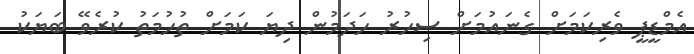
އެމްޑީޕީ ވެރިކަމަށް ގެނައުމަށް ސިހުރު ހަދަމުން ދިޔަ ކަމަށް ތުހުމަތު ކުރެވޭ ބަޔަކު